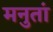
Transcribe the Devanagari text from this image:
मनुतां